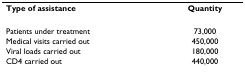
<table><thead><tr><td><b>Type of assistance</b></td><td><b>Quantity</b></td></tr></thead><tbody><tr><td>Patients under treatment</td><td>73,000</td></tr><tr><td>Medical visits carried out</td><td>450,000</td></tr><tr><td>Viral loads carried out</td><td>180,000</td></tr><tr><td>CD4 carried out</td><td>440,000</td></tr></tbody></table>